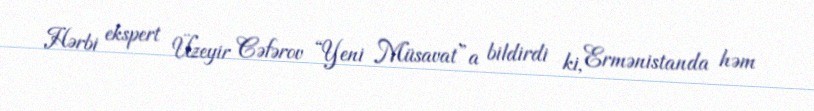
Hərbi ekspert Üzeyir Cəfərov “Yeni Müsavat”a bildirdi ki, Ermənistanda həm